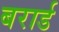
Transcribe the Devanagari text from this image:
बरार्ड